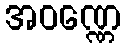
အဝဏ္ဏေ